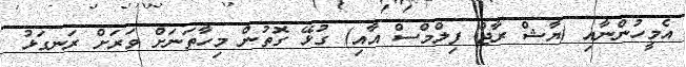
އެމީހުންނާއި (ޔާޝް ރާޖް ފިލްމްސް އާއި) ގުޅޭ ގޮތުން މިހާތަނަށް ވަރަށް ރަނގަޅު